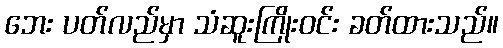
ဘေး ပတ်လည်မှာ သံဆူးကြိုးဝင်း ခတ်ထားသည်။